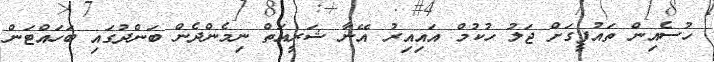
ހުސެއިން ތައުފީގަށް ޖަލު ހުކުމް އައިއިރު އޭނާ ޝަރީއަތް ނިމެންދެން ބަންދުގައި ބަހައްޓަން